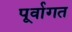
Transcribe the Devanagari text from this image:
पूर्वागत